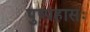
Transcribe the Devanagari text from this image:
पुष्पहासः